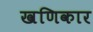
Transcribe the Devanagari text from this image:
खणिकार